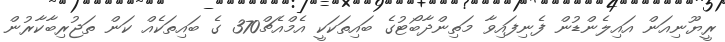
ރީޔޫނިއަން އައިލެންޑުން ފެނިފައިވާ މަތިންދާބޯޓުގެ ބައިތަކަކީ އެމްއެޗް370 ގެ ބައިތަކެއް ކަން ތަޖުރިބާކާރުން